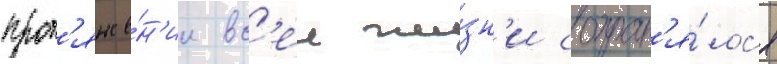
прот'яже́н'ии вс'еи жи́зн'и сохран'я́лс'я